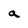
Character: a